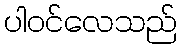
ပါဝင်လေသည်